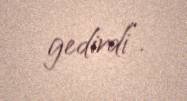
gedirdi”.